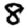
Digit: 8